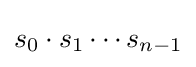
s_{0}\cdot s_{1}\cdots s_{n-1}